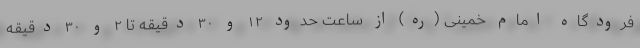
فرودگاه امام خمینی (ره) از ساعت حدود ۱۲ و ۳۰ دقیقه تا ۲ و ۳۰ دقیقه